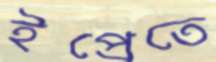
ইপ্রেতে